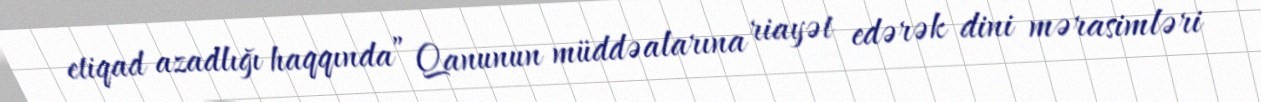
etiqad azadlığı haqqında” Qanunun müddəalarına riayət edərək dini mərasimləri